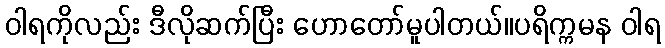
ဝါရကိုလည်း ဒီလိုဆက်ပြီး ဟောတော်မူပါတယ်။ပရိက္ကမန ဝါရ